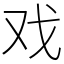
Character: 戏